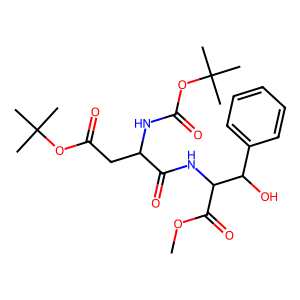
SMILES: COC(=O)C(NC(=O)C(CC(=O)OC(C)(C)C)NC(=O)OC(C)(C)C)C(O)c1ccccc1
Inhibits HIV replication: No